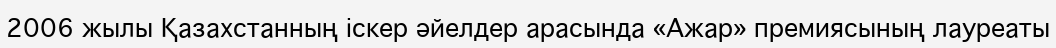
2006 жылы Қазахстанның іскер әйелдер арасында «Ажар» премиясының лауреаты